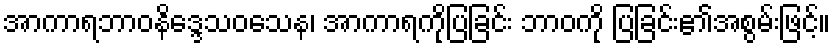
အာကာရဘာဝနိဒ္ဒေသဝသေန၊ အာကာရကိုပြခြင်း ဘာဝကို ပြခြင်း၏အစွမ်းဖြင့်။